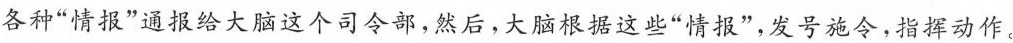
各种”情报”通报给大脑这个司令部，然后，大脑根据这些”情报”，发号施令，指挥动作。